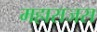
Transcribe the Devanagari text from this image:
महाराजस